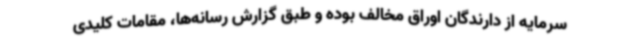
سرمایه از دارندگان اوراق مخالف بوده و طبق گزارش رسانه‌ها، مقامات کلیدی